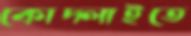
কোদ্‌লাইতে